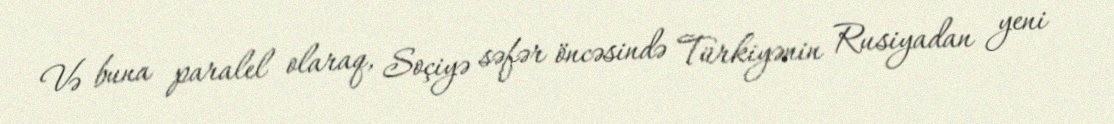
Və buna paralel olaraq, Soçiyə səfər öncəsində Türkiyənin Rusiyadan yeni